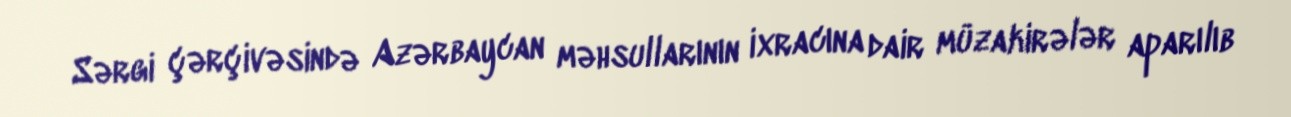
Sərgi çərçivəsində Azərbaycan məhsullarının ixracına dair müzakirələr aparılıb